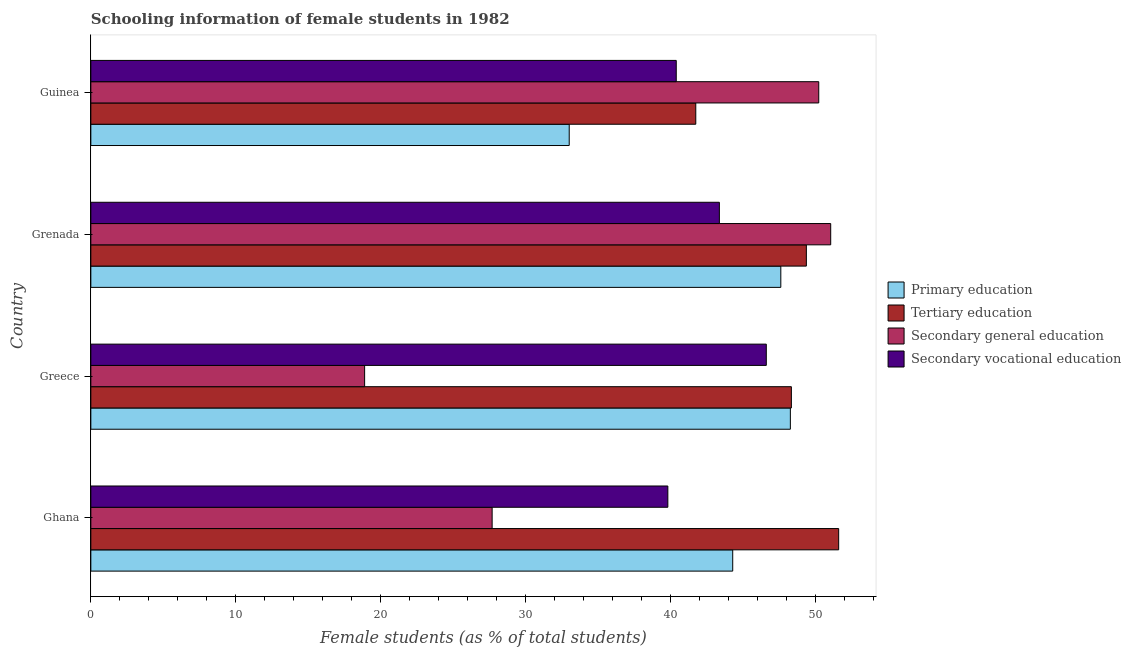
| Country | Primary education | Tertiary education | Secondary general education | Secondary vocational education |
 | --- | --- | --- | --- | --- |
 | Ghana | 44.3 | 51.6 | 27.7 | 39.8 |
 | Greece | 48.3 | 48.3 | 18.9 | 46.6 |
 | Grenada | 47.6 | 49.4 | 51.1 | 43.4 |
 | Guinea | 33 | 41.8 | 50.2 | 40.4 |